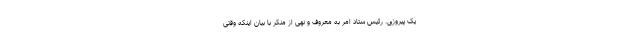
یک پیروزی. رئیس ستاد امر به معروف و نهی از منکر با بیان اینکه وقتی